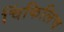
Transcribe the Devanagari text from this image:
चिंकिलिच